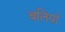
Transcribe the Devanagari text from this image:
बलियाँ